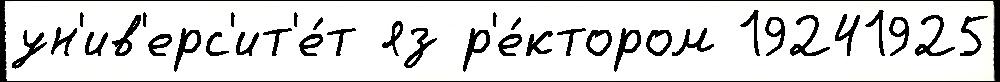
ун'ив'ерс'ит'е́т яз р'е́ктором 19241925